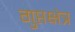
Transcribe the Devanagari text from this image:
गुप्तक्षेत्र